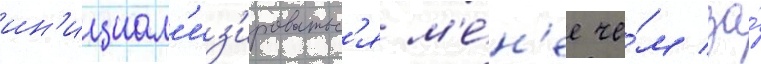
ин'ициал'из'ироватьс'я м'е́н'ее че́м за́